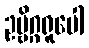
ဥဗ္ဗိဂ္ဂရူပေါ